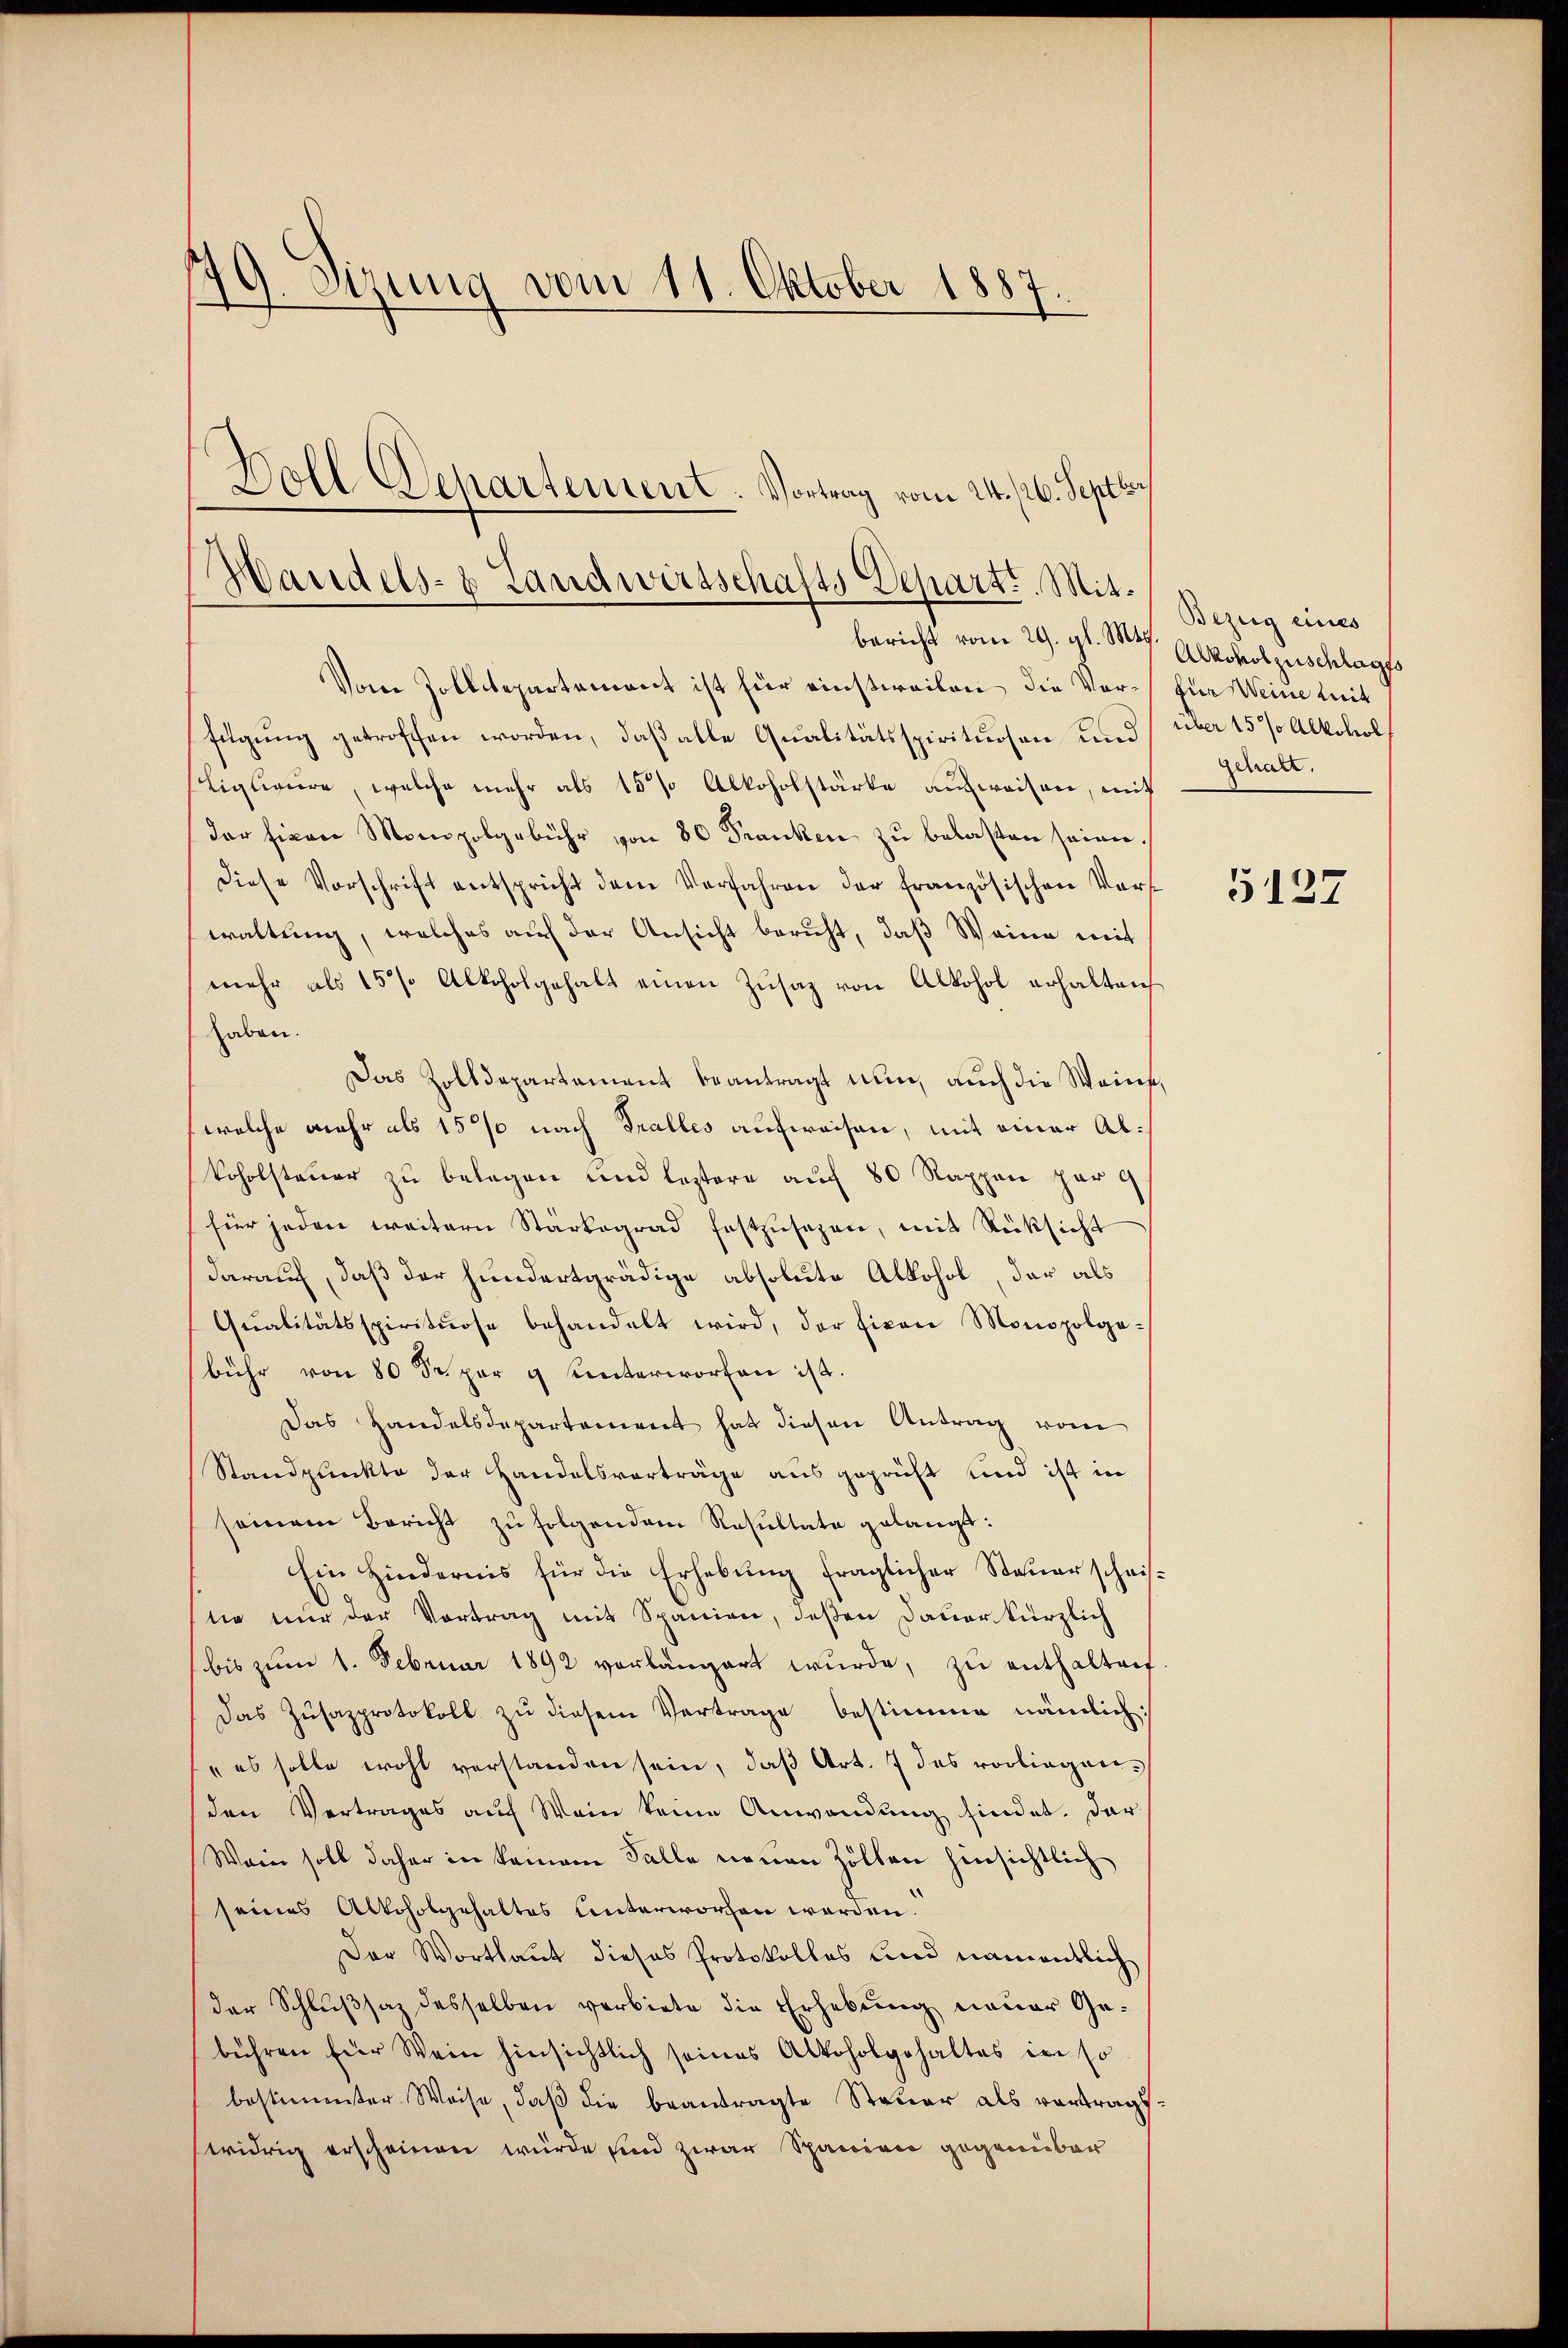
179. Sizung vom 11. Oktober 1887.

Vom Zollitepartement ist für einstweilen die Verfügŭng getroffen worden, daβ alle Qualitätsspirituosen und über 15% Alkohol,
Eligliaire, welche mehr als 15% Alkoholstärke aufweisen, mit
der hinen Monopolgebühr von 80 Franken zu belasten seien.
diese Vorschrift entspricht dem Verfahren der französischen Verswaltung, welches auf der Ansicht beruht, daß Weine mit
mehr als 15% Alkoholgehalt einen Zusaz von Alkohol erhalten
haben.
Das Zolldepartement beantragt nun, auch die Weine,
welche mehr als 15% nach Tralles aufweisen, mit einer Alkoholsteuer zu belegen und leztere auf 80 Rappen par
für jeden weitern Stärkegrad festzusehen, mit Rücksicht
darauf, daß der hundertgrädige absolute Alkohol, der als
Qŭalitätsspirituose behandelt wird, der Fixon Monopolge-
bühr von 80 Fr. per 9 unterworfen ist.
Das Handelsdepartement hat diesen Antrag vom
Standpunkte der Handelsvorträge ausgeprüft und ist in
seinem Bericht zu folgendem Resultate gelangt:
Ein Hindernis für die Erhebŭng fraglicher Steŭerschei-
tie nur der Vortrag mit Spanien, deßen Dauer kürzlich
bis zum 1. Februar 1892 vorlängert wurde, zu enthalten
Das Zŭsazprotokoll zu diesem Vertrage bestimme nämlich:
" es solle wohl verstanden sein, daß Art. 7 des vorliegenden Vertrages auf Wein keine Anwendung findet. Dar
Wein soll daher in keinem Falle neuen Zollen hinsichtlich
seines Alkoholgehaltes unterworfen werden.
Der Wortlaut dieses Protokolles und namentlich
der Schlußsaz desselben verbiete die Erhebung neuer Ge-
bühren für Wein hinsichtlich seines Alkoholgehaltes in so
bestimmter Weise, daß die beantragte Steuer als vertragswidrig erscheinen würde sind zwar Spanien gegenüber

Doll Departement. Vortrag vom 24. /26. Septbr
Handels- & Landwirtschafts Depart. Mitbericht vom 29. gl. Mts. Alkoholzuschlagss

Bezug eines
für Weine Mit
Schaft.

5137